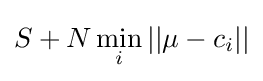
S+N\min _{i}||\mu -c_{i}||